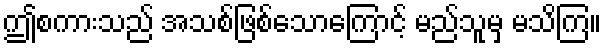
ဤစကားသည် အသစ်ဖြစ်သောကြောင့် မည်သူမှ မသိကြ။